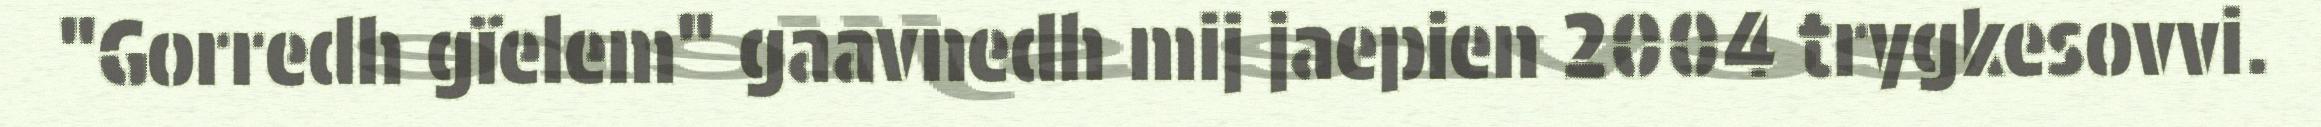
"Gorredh gïelem" gaavnedh mij jaepien 2004 trygkesovvi.